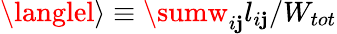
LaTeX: \langlel\rangle\equiv\sumw_{i\mathbf{j}}l_{i\mathbf{j}}/W_{tot}